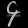
Digit: ၄